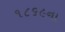
૧૮૬૯ના